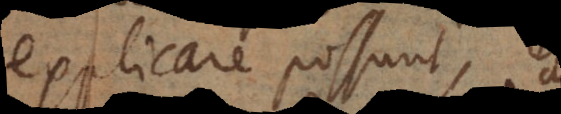
explicare possunt,